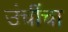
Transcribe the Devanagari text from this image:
उंचींचा